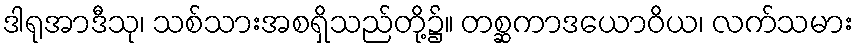
ဒါရုအာဒီသု၊ သစ်သားအစရှိသည်တို့၌။ တစ္ဆကာဒယောဝိယ၊ လက်သမား